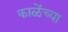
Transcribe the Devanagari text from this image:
काळेंच्या